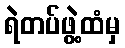
ရဲတပ်ဖွဲ့ထံမှ